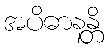
အပိဓာနန္တိ